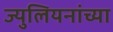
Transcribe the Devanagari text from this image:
ज्युलियनांच्या